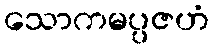
သောကမပ္ပဇဟံ